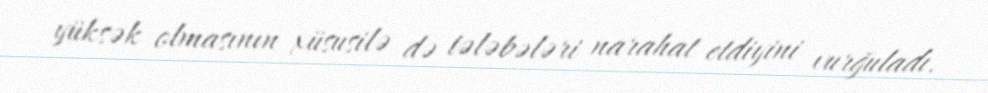
yüksək olmasının xüsusilə də tələbələri narahat etdiyini vurğuladı.